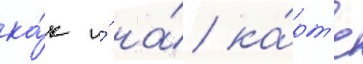
ка́к и́ на́ ка́рт'е